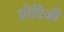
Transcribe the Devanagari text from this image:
प्रोटिजी